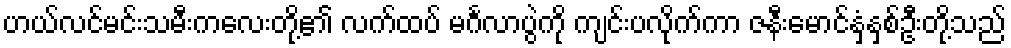
ဟယ်လင်မင်းသမီးကလေးတို့၏ လက်ထပ် မင်္ဂလာပွဲကို ကျင်းပလိုက်ကာ ဇနီးမောင်နှံနှစ်ဦးတို့သည်